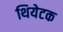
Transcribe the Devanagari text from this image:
थियेटक